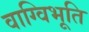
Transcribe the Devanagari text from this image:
वाग्विभूति